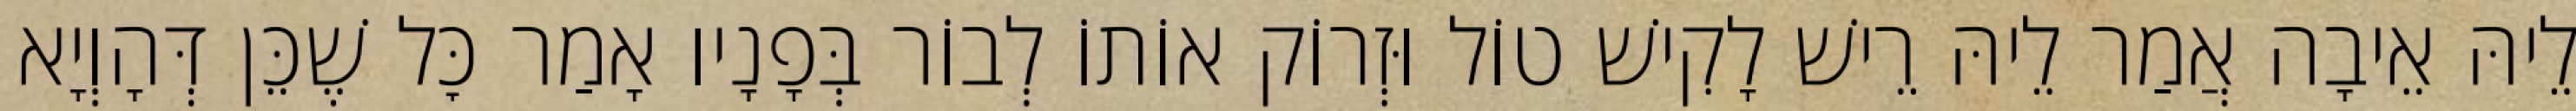
לֵיהּ אֵיבָה אֲמַר לֵיהּ רֵישׁ לָקִישׁ טוֹל וּזְרוֹק אוֹתוֹ לְבוֹר בְּפָנָיו אָמַר כׇּל שֶׁכֵּן דְּהָוְיָא